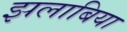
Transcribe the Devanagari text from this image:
झलाबिया